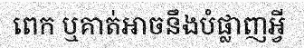
ពេក ឬគាត់អាចនឹងបំផ្លាញអ្វី